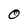
Character: O